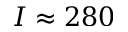
I \approx 2 8 0